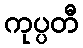
ကုပ္ပတီ